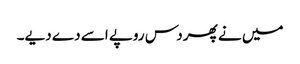
میں نے پھر دس روپے اسے دے دیے۔